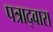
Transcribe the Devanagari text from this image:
पत्राद्वारा